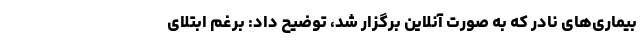
بیماری‌های نادر که به صورت آنلاین برگزار شد، توضیح داد: برغم ابتلای